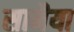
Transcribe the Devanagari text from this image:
सामैया